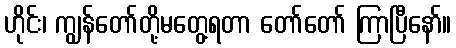
ဟိုင်း၊ ကျွန်တော်တို့မတွေ့ရတာ တော်တော် ကြာပြီနော်။